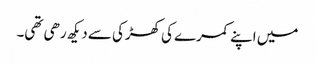
میں اپنے کمرے کی کھڑکی سے دیکھ رھی تھی۔